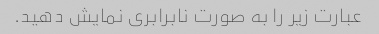
عبارت زیر را به صورت نابرابری نمایش دهید.